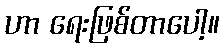
ဟာ ရေးဖြစ်တာပေါ့။